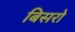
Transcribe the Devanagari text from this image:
बिसरो